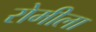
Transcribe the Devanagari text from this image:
रोमीला